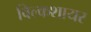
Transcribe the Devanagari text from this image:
विल्कशायर